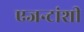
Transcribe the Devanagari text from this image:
एजन्टांशी